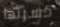
كسرتها